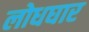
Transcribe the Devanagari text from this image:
लोधघार